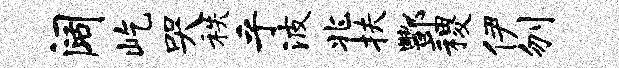
阔屹哭秩乎波兆扶酆稷伊刎